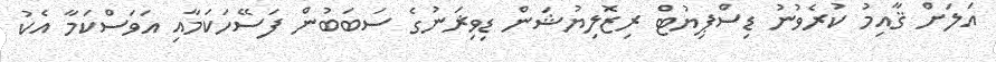
އަލަށް ޤާއިމު ކުރެވުނު ޑިސްޕިޔުޓް ރިޒޮލިޔުޝަން ޑިވިޜަނުގެ ސަބަބުން ފަސޭހަކަމާއި އަވަސްކަމާ އެކު